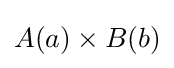
A(a)\times B(b)